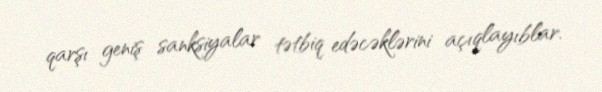
qarşı geniş sanksiyalar tətbiq edəcəklərini açıqlayıblar.